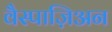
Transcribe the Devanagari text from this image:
वैस्पाज़िअन